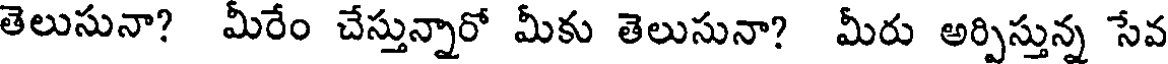
తెలుసునా? మీరేం చేస్తున్నారో మీకు తెలుసునా? మీరు అర్పిస్తున్న సేవ